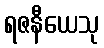
ရဇနီယေသု